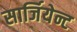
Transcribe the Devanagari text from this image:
सार्जियेन्ट